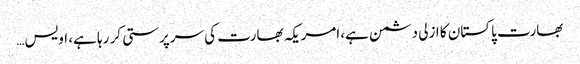
بھارت پاکستان کا ازلی دشمن ہے، امریکہ بھارت کی سرپرستی کر رہا ہے، اویس…